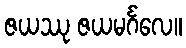
ဇယဿု ဇယမင်္ဂလေ။